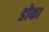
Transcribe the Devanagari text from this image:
डोका